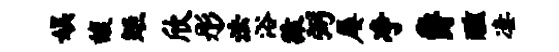
娱馥矩欣彤法浴猿弼屡净爵醺凄